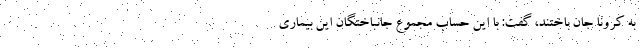
به کرونا جان باختند، گفت: با این حساب مجموع جانباختگان این بیماری